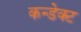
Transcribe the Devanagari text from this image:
कन्डेक्ट